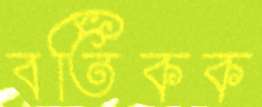
বর্তিকক